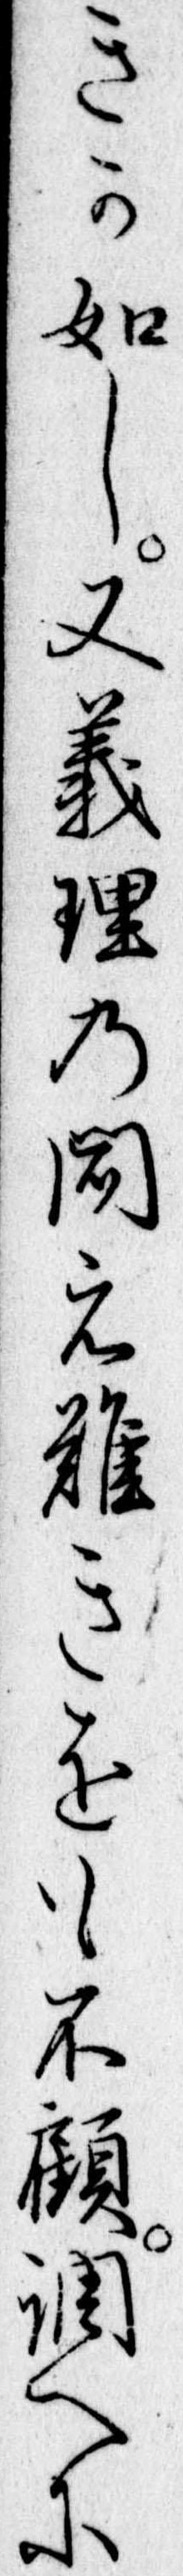
きか如し又義理の聞え難きをも不顧調へに